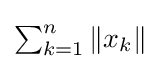
{\textstyle \sum _{k=1}^{n}\|x_{k}\|}